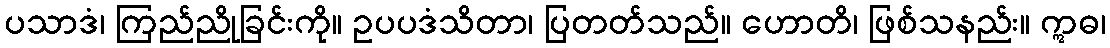
ပသာဒံ၊ ကြည်ညိုခြင်းကို။ ဥပပဒံသိတာ၊ ပြတတ်သည်။ ဟောတိ၊ ဖြစ်သနည်း။ ဣဓ၊